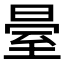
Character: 𱼫